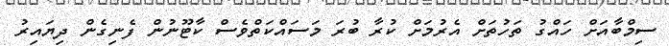
ސިމްބާއަށް ހައްގު ތަހުތަށް އެރުމަށް ކުރާ ބުރަ މަސައްކަތްވެސް ކާޓޫނުން ފެނިގެން ދިޔައިރު